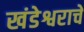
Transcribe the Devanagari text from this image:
खंडेश्वराचे